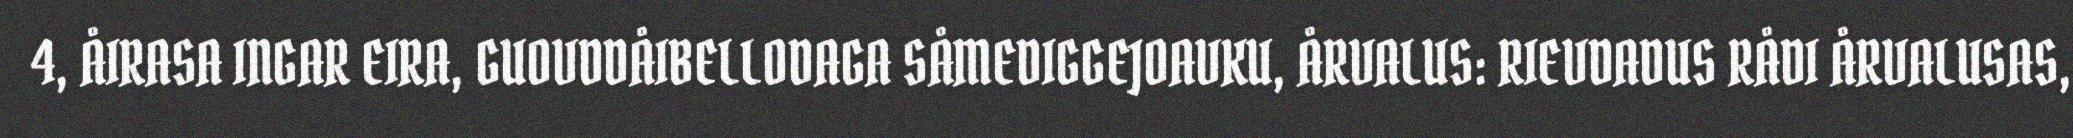
4, ÅIRASA INGAR EIRA, GUOVDDÅIBELLODAGA SÅMEDIGGEJOAVKU, ÅRVALUS: RIEVDADUS RÅDI ÅRVALUSAS,